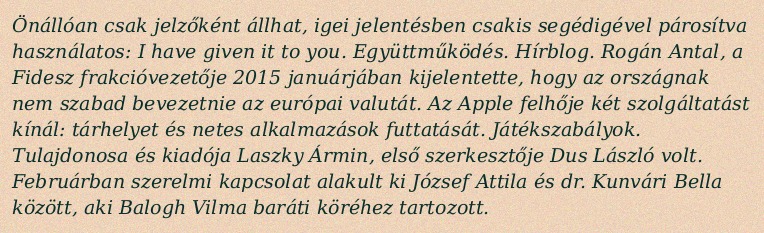
Önállóan csak jelzőként állhat, igei jelentésben csakis segédigével párosítva használatos: I have given it to you. Együttműködés. Hírblog. Rogán Antal, a Fidesz frakcióvezetője 2015 januárjában kijelentette, hogy az országnak nem szabad bevezetnie az európai valutát. Az Apple felhője két szolgáltatást kínál: tárhelyet és netes alkalmazások futtatását. Játékszabályok. Tulajdonosa és kiadója Laszky Ármin, első szerkesztője Dus László volt. Februárban szerelmi kapcsolat alakult ki József Attila és dr. Kunvári Bella között, aki Balogh Vilma baráti köréhez tartozott.